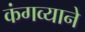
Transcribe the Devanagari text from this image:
कंगव्याने